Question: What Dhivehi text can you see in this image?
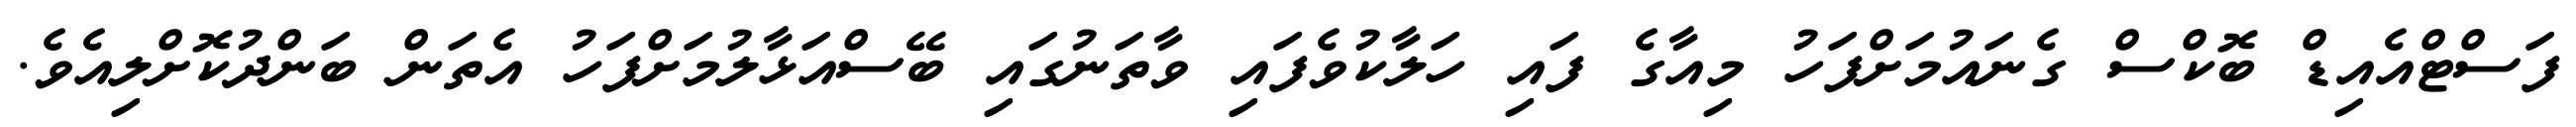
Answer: ފަސްޓްއެއިޑް ބޮކްސް ގެނައުމަށްފަހު މިއާގެ ފައި ހަލާކުވެފައި ވާތަނުގައި ބޭސްއަޅާލުމަށްފަހު އެތަން ބަންދުކޮށްލިއެވެ.